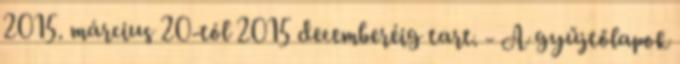
2015. március 20-tól 2015 decemberéig tart. - A gyűjtőlapok